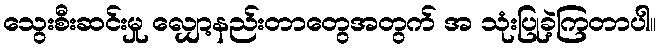
သွေးစီးဆင်းမှု လျှော့နည်းတာတွေအတွက် အ သုံးပြုခဲ့ကြတာပါ။